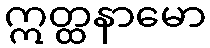
ဣတ္ထနာမော